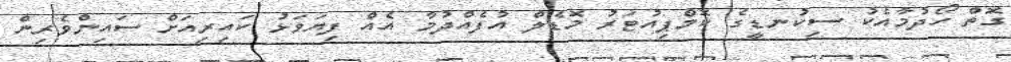
ގޮތް ހޯދުމާއެކު ސިކުނޑީގެ ކޮމްޕިއުޓަރު މޮޑެލް އުފެއްދުމާ އެއް ފިޔަވަޅު ކައިރިއަށް ސައިންވެރިން